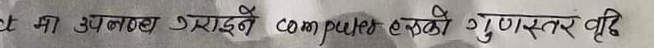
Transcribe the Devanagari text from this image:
त मा उपलब्ध गराउने computer हरुको गुणस्तर वृद्धि